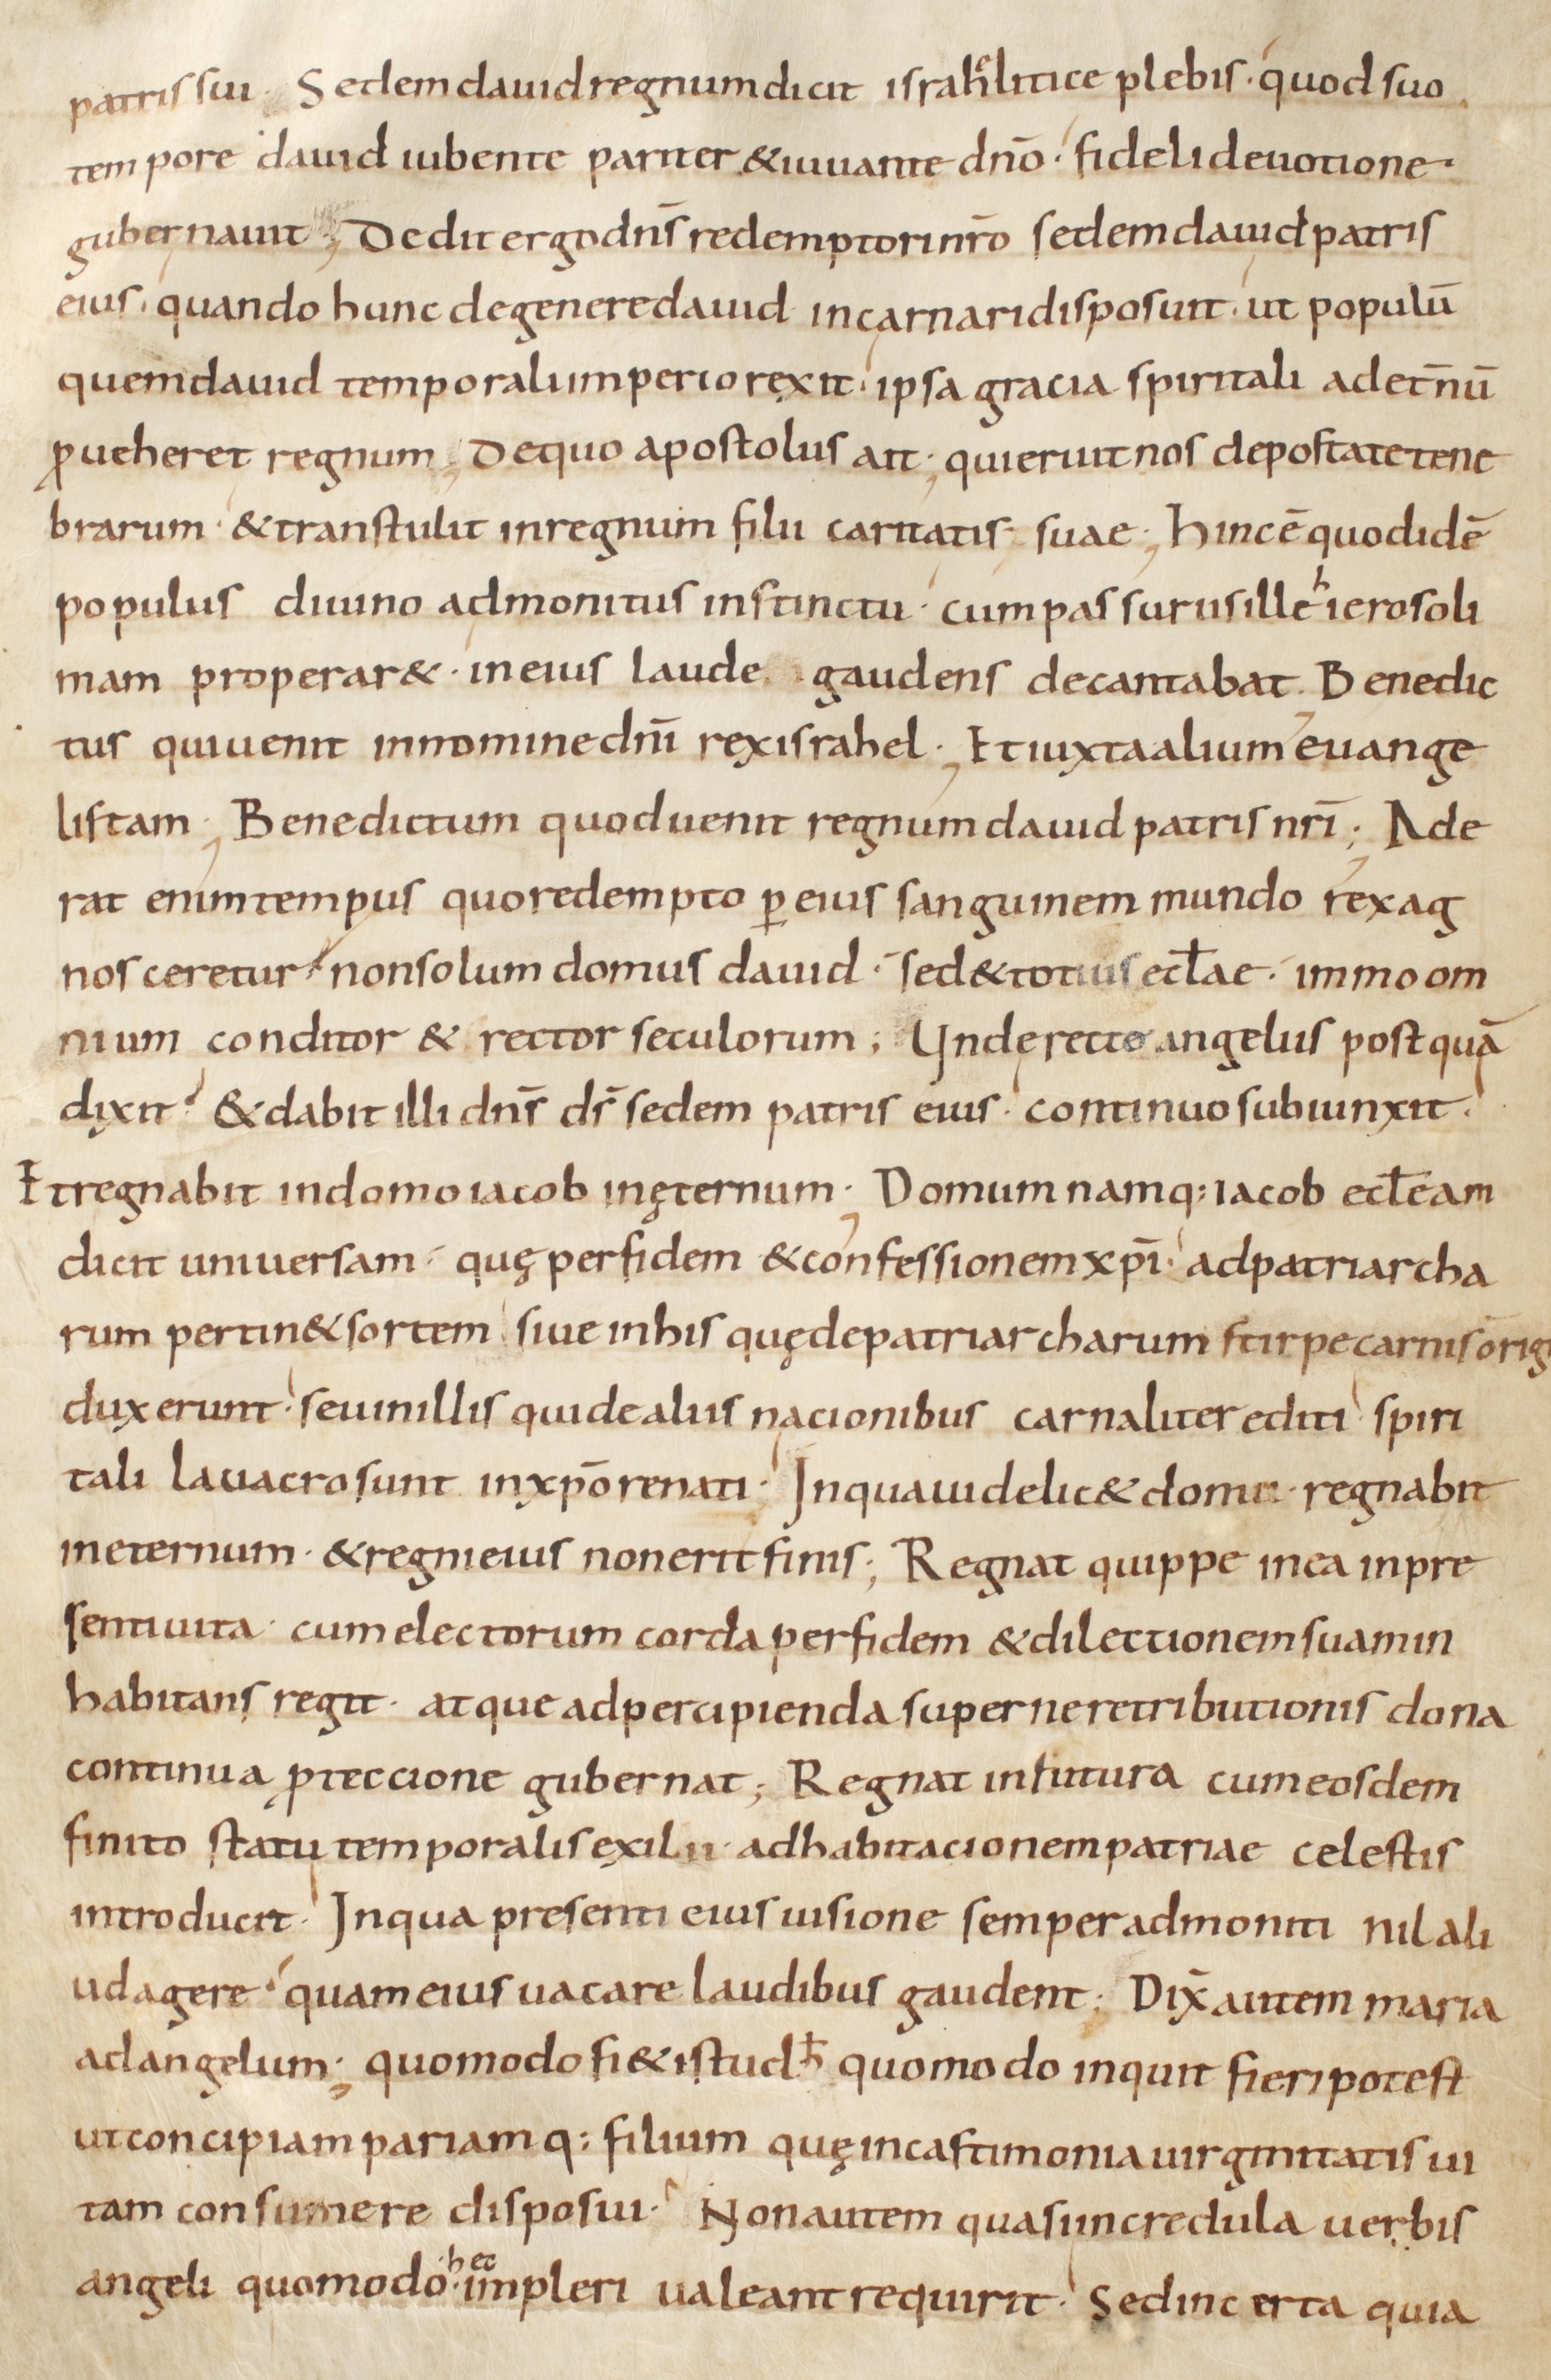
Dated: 800–999